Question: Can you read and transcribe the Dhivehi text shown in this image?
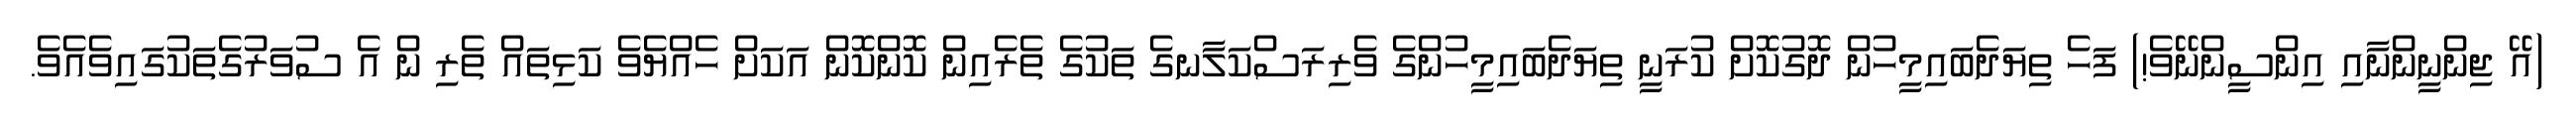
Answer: (އޭ ޖިންނީންނާއި އިންސީންނޭވެ!) ފަހެ ތިޔަދެބައިމީހުން ދޮގުކޮށް ކުރަނީ ތިޔަދެބައިމީހުންގެ ވެރިރަސްކަލާނގެ ތަކުގެ ތެރެއިން ކޮންކޮން އަކަށް ހެއްޔެވެ ކަޅިތައް ތެރި ން އެ ސުވަރުގެތަކުގައިވެއެވެ.